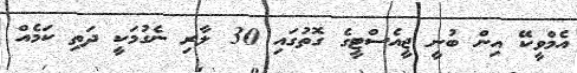
އެމްވީކޭ އިން ބުނީ ޖީއެސްޓީގެ ގޮތުގައި 30 ލާރި ނެގުމަކީ ދަތި ކަމެއް